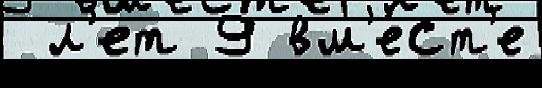
 л'ет 9 вм'е́ст'е